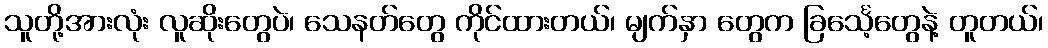
သူတို့အားလုံး လူဆိုးတွေပဲ၊ သေနတ်တွေ ကိုင်ထားတယ်၊ မျက်နှာ တွေက ခြင်္သေ့တွေနဲ့ တူတယ်၊